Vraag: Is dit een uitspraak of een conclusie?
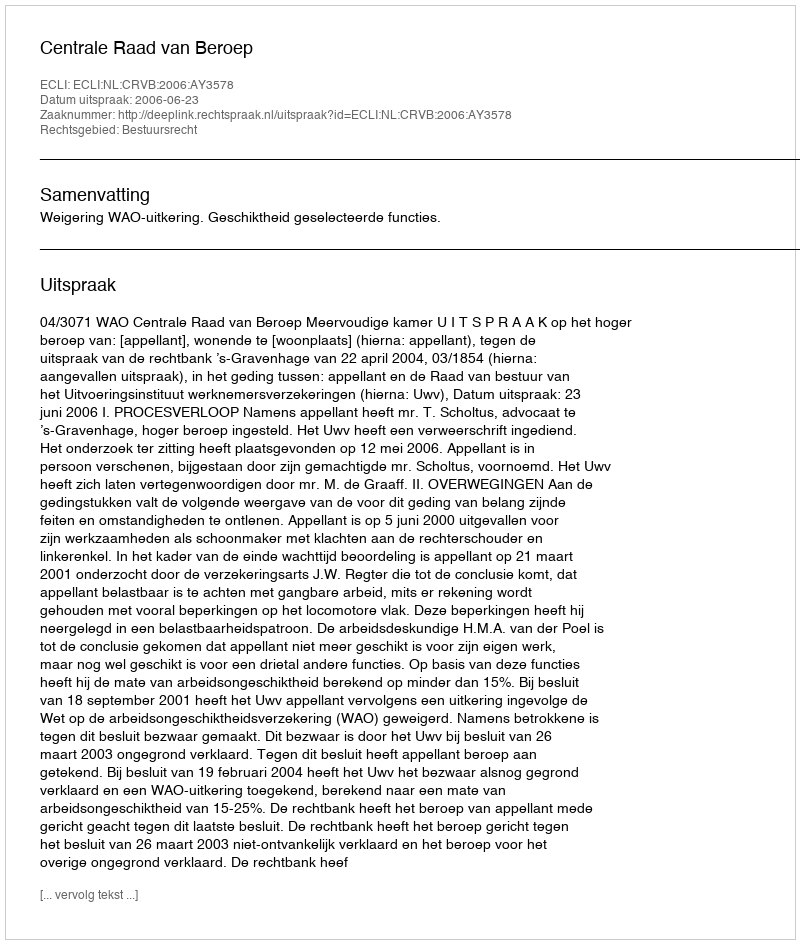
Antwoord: Uitspraak